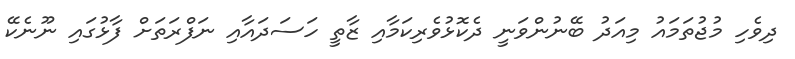
ދިވެހި މުޖުތަމައު މިއަދު ބޭނުންވަނީ ދެކޮޅުވެރިކަމާއި ޒާތީ ހަސަދައާއި ނަފްރަތަށް ފާޅުގައި ނޫނެކޭ